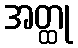
အတ္ထု